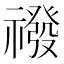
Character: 𮂛